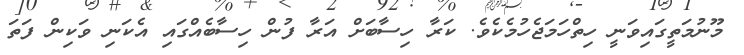
މޫނުމަތީގައިވަނީ ހިތްހަމަޖެހުމެކެވެ. ކަރާ ހިސާބަށް އަރާ ފުން ހިސާބެއްގައި އެކަނި ވަކިން ފަތަ